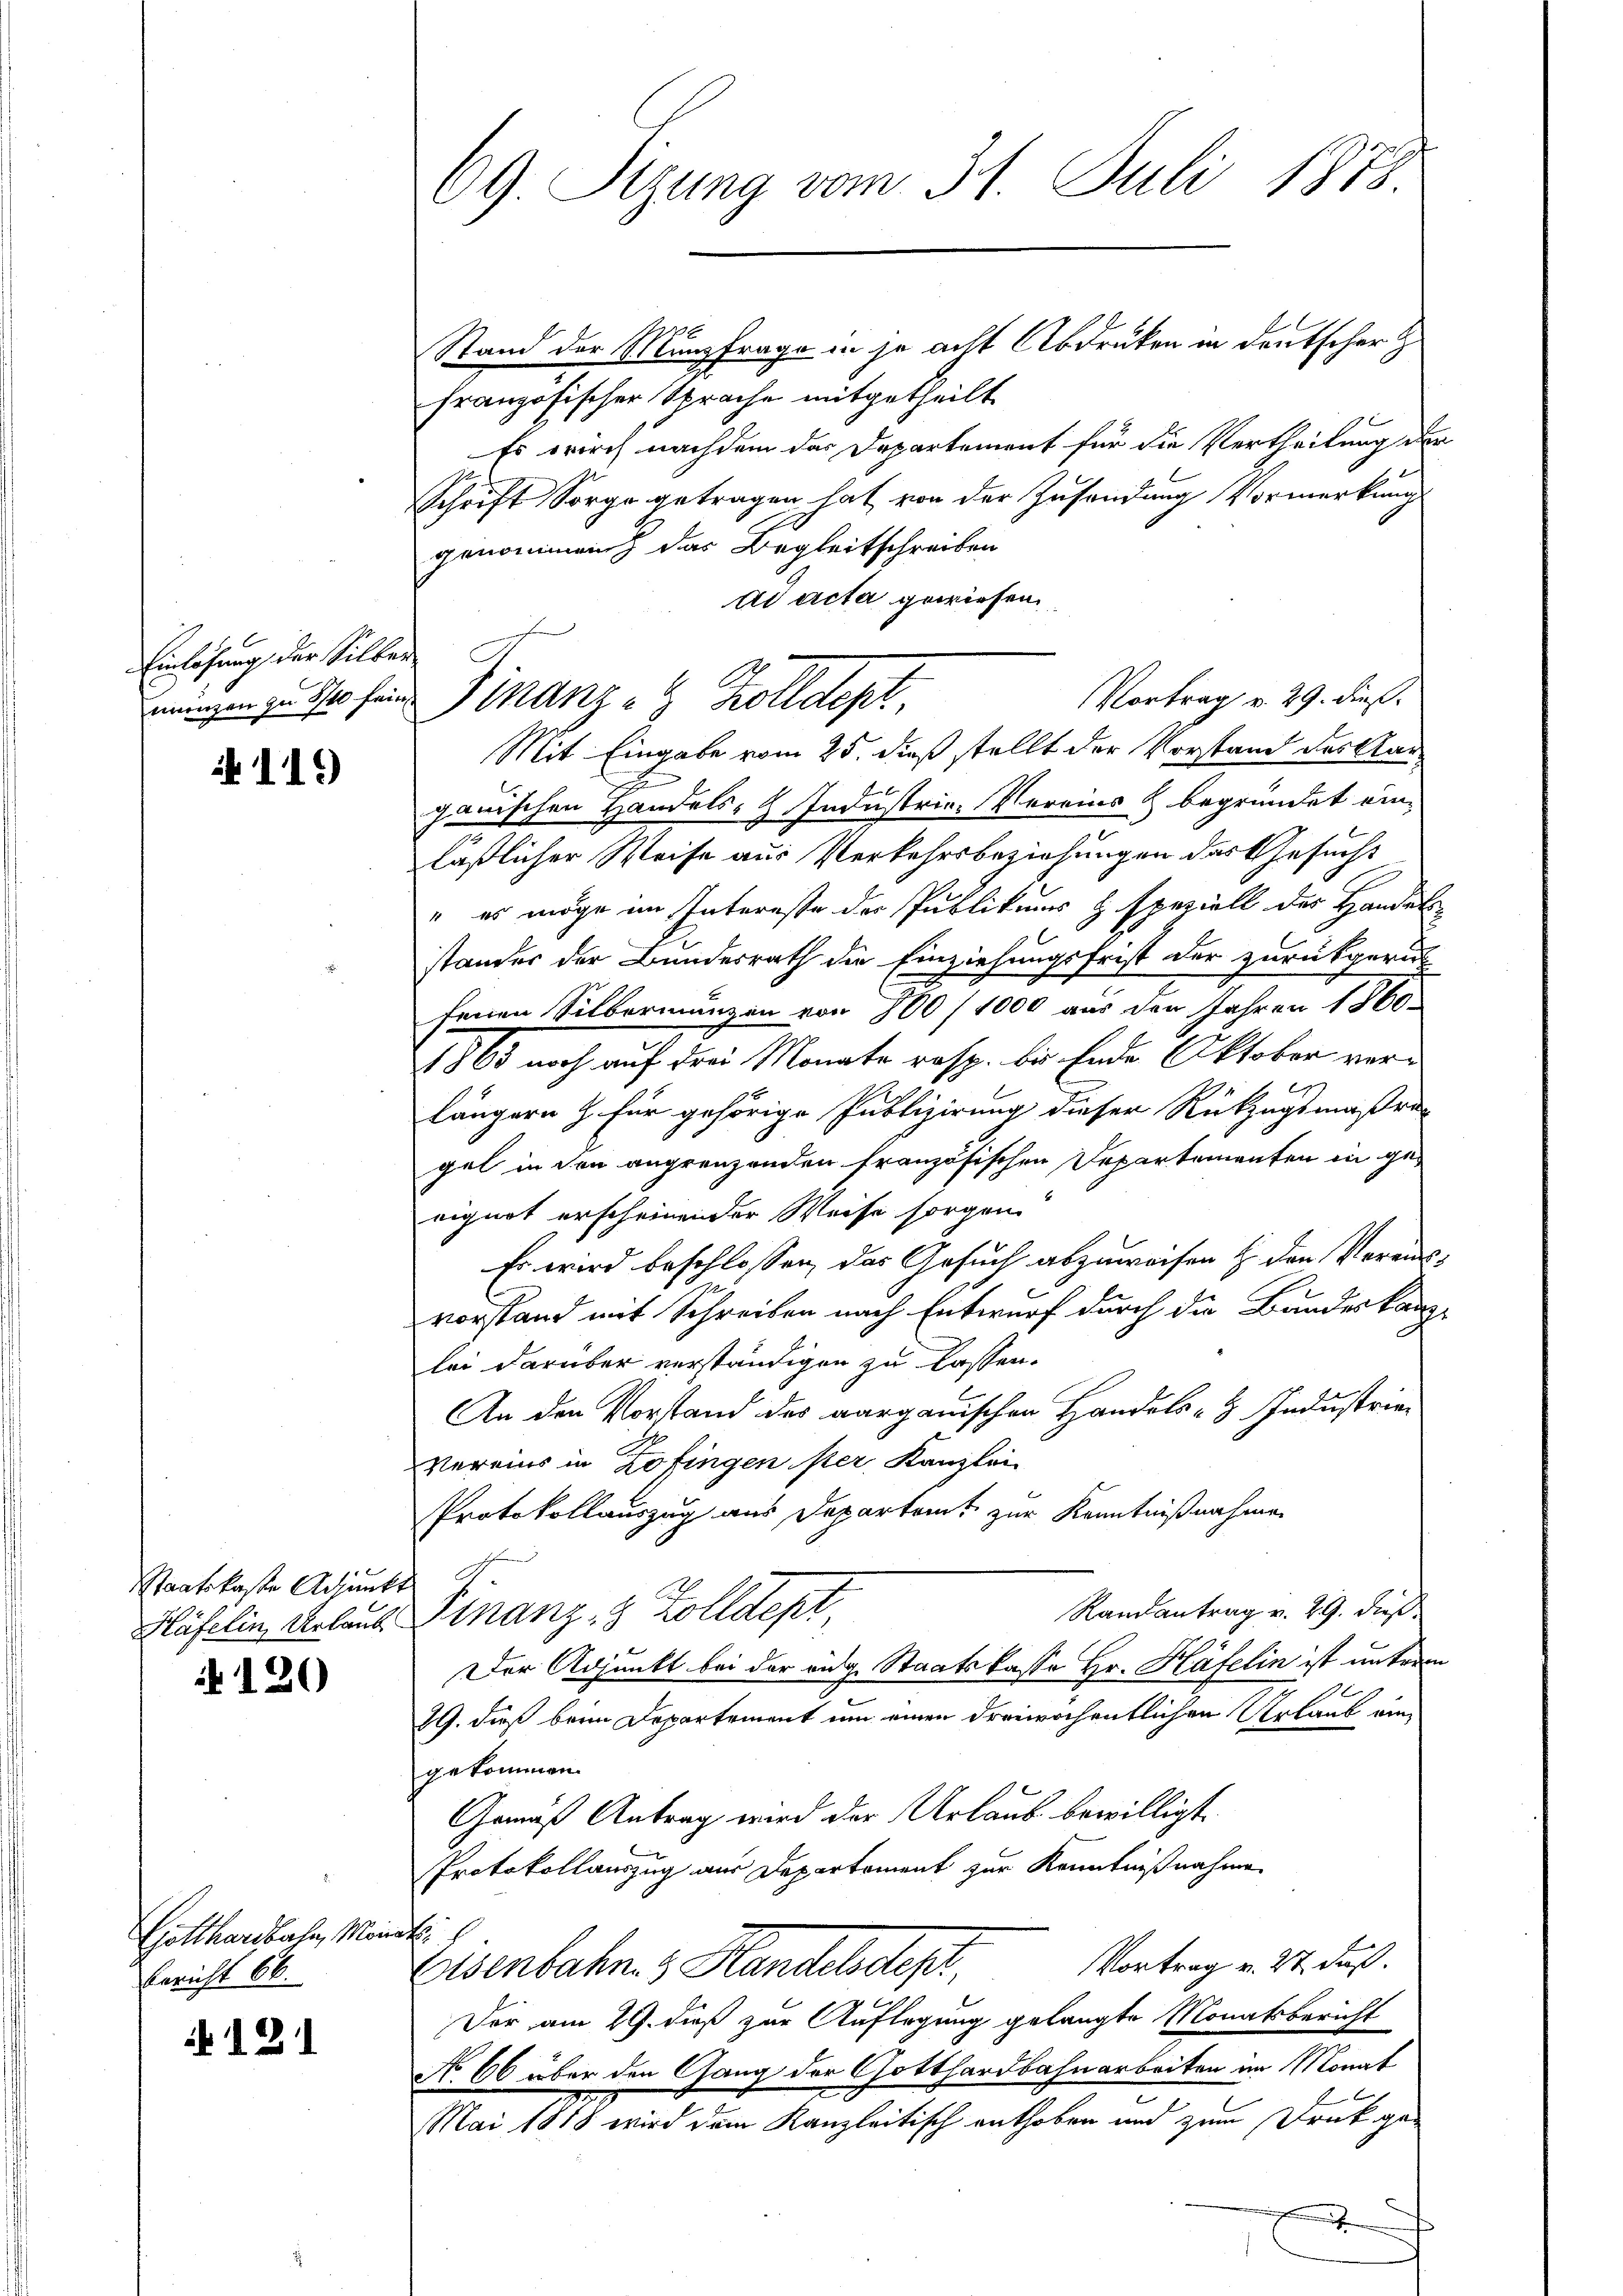
Einlegung der Silber
munzen zu 1 fein

119

Staatskaste Adieut
Häfelin, Urlaub

120

Gotthardbahn, Man
Bericht 66.

121

69 Sizung vom 31. Juli 1878.

Stand der Munzfrage in je acht Abdruken in deutscher
französischer Sprache mitgetheilt
Es wirch nachdem das Departement für die Vertheilung de
Schrift Sorge getragen hat von der Zusendung Vormerkung
genommen das Begleitschreiben
ad acta gewiesen
Finanz- & Zolldept
Mit Eingabe vom 25. dieß stellt der Vorstand des Gan
E
ganischen Handels- u. Industrie Vereins & begründet einläßlicher Weise aus Verkehrsbeziehungen des Gesucht
" es möge im Intereste der Publikums & speziell der Handes
stander der Bundesrath die Einziehungsfrist der zurückgeruh
fenen Silbermangen von 800/1000 aus der Jahren 1860
1860 noch auf der Monate resp. bis Ende Oktober verlängern Z. für gehörige Publizirung dieser Rückzugsmaßra-
gel in den angrenzenden französischen Departementen in geeignet erscheinender Weise sorgen
Es wird beschlossen, das Gesuch abzuweisen & den Voraus-
vorstand mit Schreiben nach Entwurf durch die Bandeskanz
lei darüber verständigen zu lassen.
An den Vorstand des aarganischen Handels- & Industrie-
Vereins in Zofingen ster Kanzlei
Protokollauszug aus Departamt zur Kenntnißnahmen
Ranantrag v. 29. dieß
Finanz- & Zolldept
Der Adjunkt bei der eidg. Staatskasse Hr. Häfelin ist untern
19. dieß beim Departement um einen dreiwöchentlichen Urlaub eingekommen.
Gemäß Antrag wird der Urlaub bewilligt.
Protokollauszug aus Departement zur Kenntnißnahme
6
Vortrag v. 27. daß
Eisenbahn. z. Handelndes
Der am 29. dieß zur Auflegung gelangte Monatsbericht
No 66 über den Gang der Gotthardbahnarbeiten im Monat
Mai 1818 wird dem Kanzleitisch enthoben und zum Druk gee

Vortrag v. 29. dieß.